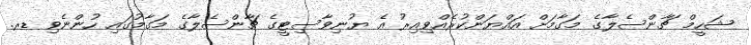
ޝަހީމް ޗާންސެލާގެ މަގާމަށް އައްޔަންކުރެއްވިއިރު އެ ޔުނިވާސިޓީގެ ޗާންސެލާގެ މަގާމުގައި ހުންނެވި ޑރ.